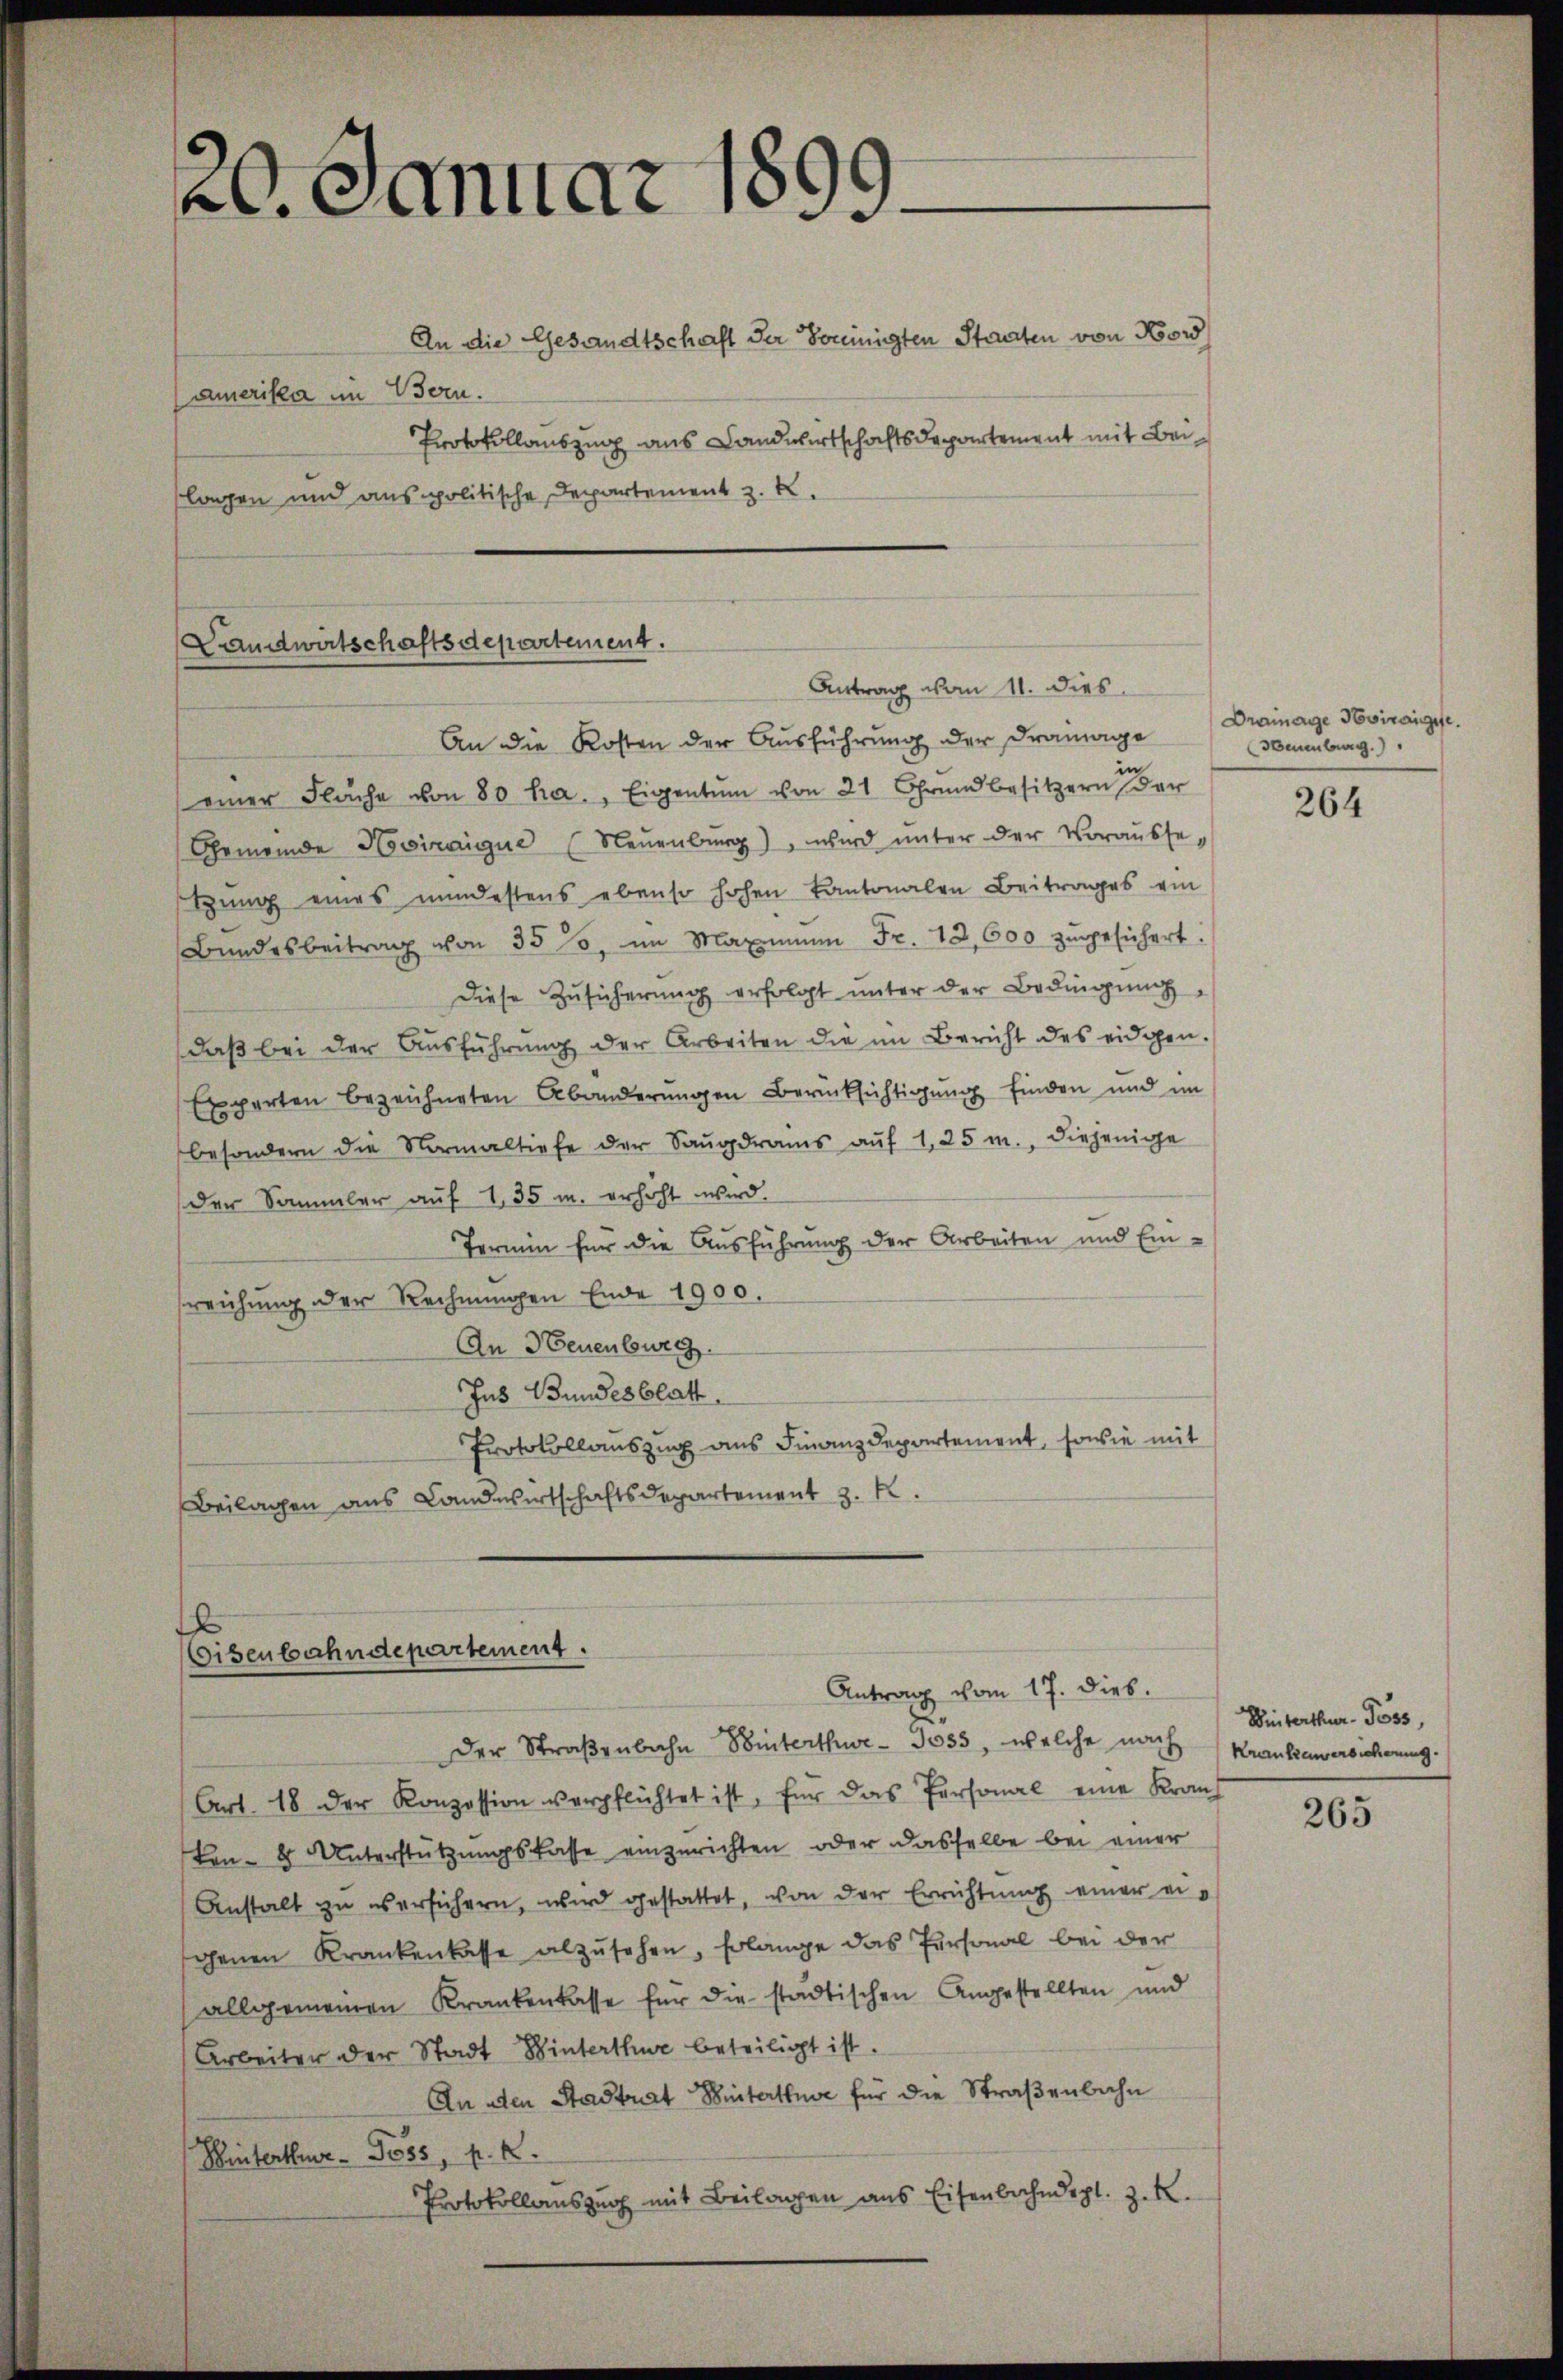
20. Januar 1899.

An die Gesandtschaft der Soninigten Staaten von Nord
Amerika im Bern.
Protokollauszug aus Landwirtschaftsdepartement mit Beilagen und aus politische Departement z. K.

Landwirtschaftsdepartement.
Antrag vom 11. dies
An die Kosten der Ausführung der Dramage

einer Fläche von 80 ha. Eigentum von 21 Grŭndbesitzern der
Gemeinde Hosiraigue (Neuenburg), wird ŭnter der Vorausse-
tŭng eines mindestens ebenso hohen Kantonalen Beitrages ein
Bundesbeitrag von 350, im Maximŭm Fr. 13,600 zugesichert.
Diese Zusicherŭng erfolgt unter der Bedingung
daβ bei der Aŭsführŭng der Arbeiten die im Bericht des eidgen.
Experten bezeichneten Abänderŭngen Berücksichtigŭng finden und im
besondern die Normal tiefe der Saŭgdrams aŭf 1, 25 m., diejenige
Der Sammler auf 1,35 u. erhöht wird.
Termin für die Ausführung der Arbeiten und Einsreichung der Rechnŭngen Ende 1900.
An Neuenburg.
Ins Bundesblatt
Protokollauszug aus Finanzdepartement, sowie mit
Beilagen aus Landwirtschaftsdepartement z. B.

1
Eisenbahndepartement.
Antrag vom 17. dieb.

Der Straßenbahn Winterthur - 3035, welche nach Krankenversicherung.
Art. 18 der Konzession verpflichtet ist, für das Personal eine Kranz
Ben- & Unterstützungskasse einzurichten, oder dasselbe bei einer
Anstalt zu versichern, wird gestattet, von der Errichtung einer eigenen Krankenkasse abzusehen, Erlange das Personal bei der
allgemeinen Krankenkasse für die städtischen Angestellten und
Arbeiter der Stadt Winterthur beteiligt ist.
An aden Stadtrat Winterthure für die Straßenbahn
Winterthur - Goss, k. k.
Protokollauszug mit Beilagen aus Eisenbahndepl. z. R.

Drainage Svirange
(Neuenburg

264

Dinterthur. Poss,

265